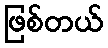
ဖြစ်တယ်